Plague in India, 1896, 1897 - Volume 2
Year: 1896
Disease focus: Plague
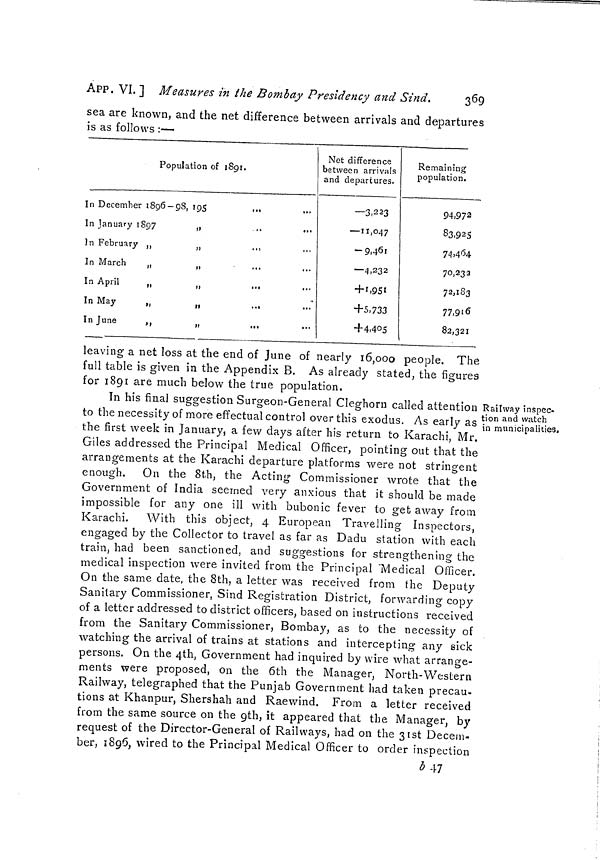
369
APP. VI. ] Measures in the Bombay Presidency and Sind.
sea are known, and the net difference between arrivals and departures
is as follows :-—
Population of 1891.
In December 1896-98, 195
In January 1897
In February ,,
In March
„
In April
„
In May
„
In June
,,
Net difference
between arrivals
and departures.
—3,223
— 11,047
-9,40F
—4,232
+ 1,951
+5,733
+4,405
Remaining
population.
94,972
83,925
74,464
70,233
72,183
77,916
82,321
leaving a net loss at the end of June of nearly 16,000 people. The
full table is given in the Appendix B. As already stated, the figures
for 1801 are much below the true population.
Railway inspec-
tion and watch
in municipalities.
In his final suggestion burgeon-General Cleghorn called attention
to the necessity of more effectual control over this exodus. As early as
the first week in January, a few days after his return to Karachi, Mr.
Giles addressed the Principal Medical Officer, pointing out that the
arrangements at the Karachi departure platforms were not stringent
enough. On the 8th, the Acting Commissioner wrote that the
Government of India seemed very anxious that it should be made
impossible for any one ill with bubonic fever to get away from
Karachi. With this object, 4 European Travelling Inspectors,
engaged by the Collector to travel as far as Dadu station with each
train, had been sanctioned, and suggestions for strengthening the
medical inspection were invited from the Principal "Medical Officer.
On the same date, the 8th, a letter was received from the Deputy
Sanitary Commissioner, Sind Registration District, forwarding copy
of a letter addressed to district officers, based on instructions received
from the Sanitary Commissioner, Bombay, as to the necessity of
watching the arrival of trains at stations and intercepting any sick
persons. On the 4th, Government had inquired by wire what arrange-
ments were proposed, on the 6th the Manager, North-Western
Railway, telegraphed that the Punjab Government had taken precau-
tions at Khanpur, Shershah and Raewind. From a letter received
from the same source on the 9th, it appeared that the Manager, by
request of the Director-General of Railways, had on the 31st Decem-
ber, 1896, wired to the Principal Medical Officer to order inspection
b 47